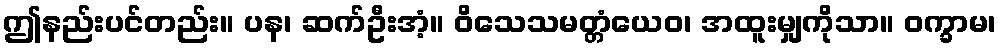
ဤနည်းပင်တည်း။ ပန၊ ဆက်ဦးအံ့။ ဝိသေသမတ္တံယေဝ၊ အထူးမျှကိုသာ။ ဝက္ခာမ၊